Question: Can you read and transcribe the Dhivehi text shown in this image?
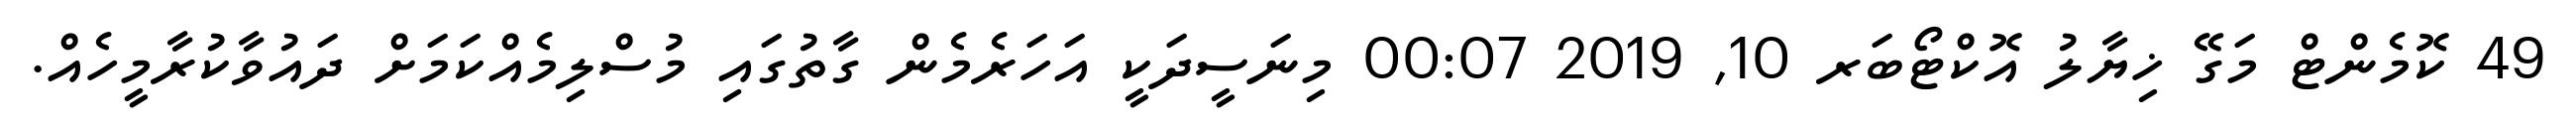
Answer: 49 ކޮމެންޓް މަގޭ ޚިޔާލު އޮކްޓޯބަރ 10, 2019 00:07 މިނަސީދަކީ އަހަރެމެން ގާތުގައި މުސްލިމެއްކަމަށް ދައުވާކުރާމީހެއް.